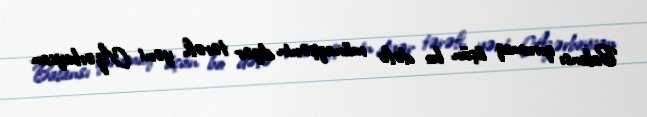
Balansı qorumaq üçün bu dəfə münaqişənin digər tərəfi, yəni Azərbaycan